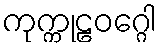
ကုက္ကုဠဝဂ္ဂေါ